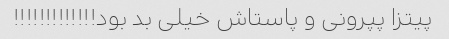
پیتزا پپرونی و پاستاش خیلی بد بود!!!!!!!!!!!!!